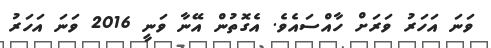
ވަނަ އަހަރު ވަރަށް ހާއްސައެވެ. އެގޮތުން އޭނާ ވަނީ 2016 ވަނަ އަހަރު